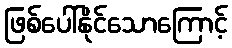
ဖြစ်ပေါ်နိုင်သောကြောင့်